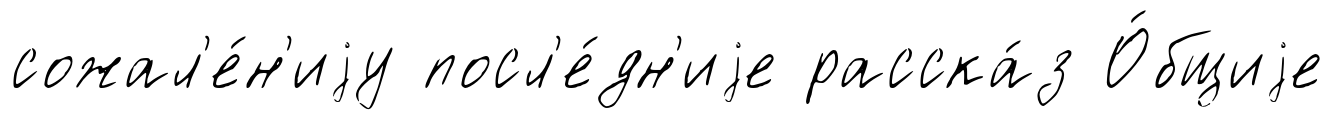
сожал'е́н'иjу посл'е́дн'иjе расска́з О́бщиjе